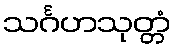
သင်္ဂဟသုတ္တံ